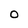
Character: O